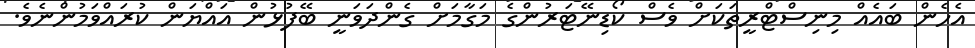
އެހެން ބައެއް މިނިސްޓްރީތަކަށް ވެސް ކޯޑިނޭޓަރުންގެ މަގާމަށް ގެންދަވަނީ ބޭފުޅުން އައްޔަން ކުރައްވަމުންނެވެ.